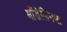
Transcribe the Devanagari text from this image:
मॉडेलिंगचा